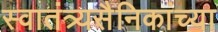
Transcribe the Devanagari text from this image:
स्वातंत्र्यसैनिकांच्या